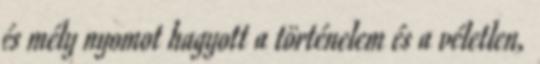
és mély nyomot hagyott a történelem és a véletlen,